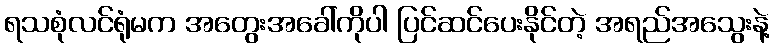
ရသစုံလင်ရုံမက အတွေးအခေါ်ကိုပါ ပြင်ဆင်ပေးနိုင်တဲ့ အရည်အသွေးနဲ့